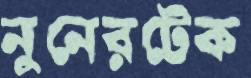
নুনেরটেক